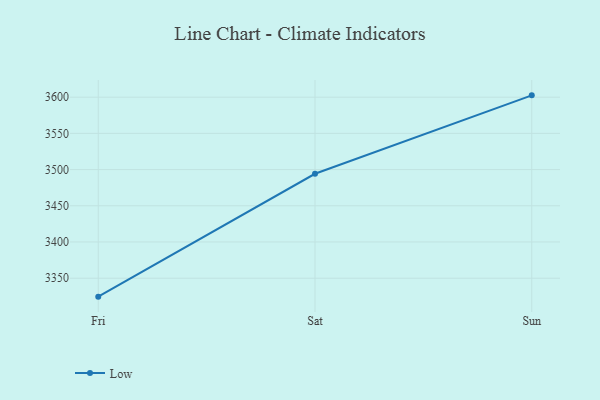
{"axis": {"x": "Day", "y": "Active Users"}, "legend": ["Low"], "data": [{"x": "Fri", "y": 3324.5, "type": "Low"}, {"x": "Sat", "y": 3494.2, "type": "Low"}, {"x": "Sun", "y": 3602.5, "type": "Low"}]}